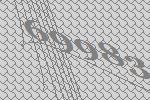
69983